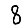
Digit: 8